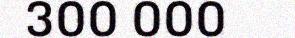
300 000